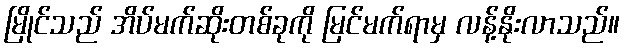
မြိုင်သည် အိပ်မက်ဆိုးတစ်ခုကို မြင်မက်ရာမှ လန့်နိုးလာသည်။